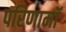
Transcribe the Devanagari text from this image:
परिणामॉ